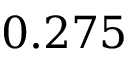
0 . 2 7 5